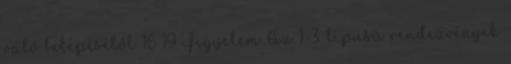
való belépésétől 16 19 Figyelem Az 1-3. típusú rendezvények